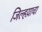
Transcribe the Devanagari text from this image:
जिल्हय़ाचा